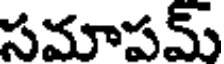
సమాపమ్